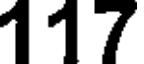
117